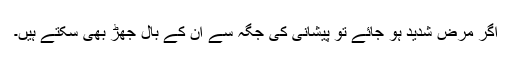
اگر مرض شدید ہو جائے تو پیشانی کی جگہ سے ان کے بال جھڑ بھی سکتے ہیں۔